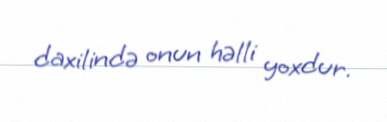
daxilində onun həlli yoxdur.